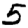
Digit: 5